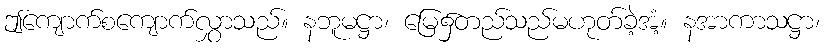
ဤကျောက်စကျောက်လွှာသည်။ နဘူမဋ္ဌာ၊ မြေ၌တည်သည်မဟုတ်ခဲ့အံ့။ နအာကာသဋ္ဌာ၊